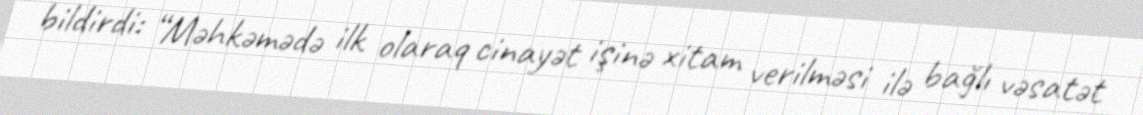
bildirdi: “Məhkəmədə ilk olaraq cinayət işinə xitam verilməsi ilə bağlı vəsatət